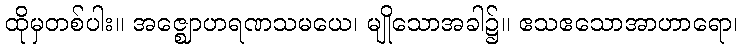
ထိုမှတစ်ပါး။ အဇ္ဈောဟရဏသမယေ၊ မျိုသောအခါ၌။ ဧသဧသောအာဟာရော၊